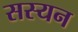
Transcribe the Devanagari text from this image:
सस्यन